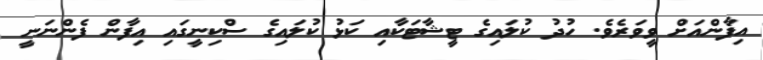
އިފާންއަށް ވީވަރެވެ. ހުދު ކުލައިގެ ޓީޝާޓަކާއި ކަޅު ކުލައިގެ ސްކިނީގައި އިފާން ފެންނަނީ